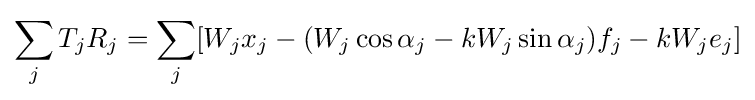
\sum _{j}T_{j}R_{j}=\sum _{j}[W_{j}x_{j}-(W_{j}\cos \alpha _{j}-kW_{j}\sin \alpha _{j})f_{j}-kW_{j}e_{j}]